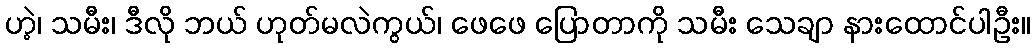
ဟဲ့၊ သမီး၊ ဒီလို ဘယ် ဟုတ်မလဲကွယ်၊ ဖေဖေ ပြောတာကို သမီး သေချာ နားထောင်ပါဦး။